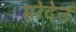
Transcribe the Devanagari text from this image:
मोदेर्न